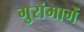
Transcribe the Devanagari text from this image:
गुरांमागें